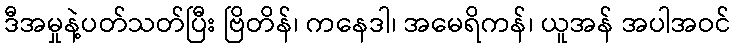
ဒီအမှုနဲ့ပတ်သတ်ပြီး ဗြိတိန်၊ ကနေဒါ၊ အမေရိကန်၊ ယူအန် အပါအဝင်